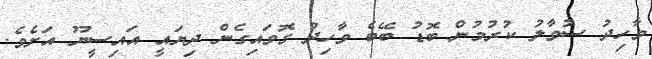
ވާހިދު ސުވާލު ކުރުމުން ބޮޑު ބޭބެ ވާހިދު ގޮވައިގެން ދިޔައީ އައިސީޔޫ އަށެވެ.